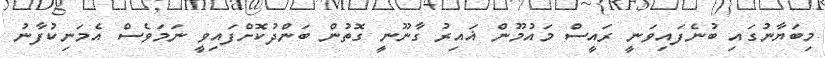
މިބަޔާނުގައި ބުނެފައިވަނީ ރައީސް މައުމޫން ޣައިރު ގާނޫނީ ގޮތުން ބަންދުކޮށްފައިވީ ނަމަވެސް އެމަނިކުފާނު